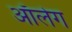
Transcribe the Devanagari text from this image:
आॅलेग